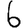
Digit: 6